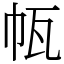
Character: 㼙